Account of plague administration in the Bombay Presidency from September 1896 till May 1897
Year: 1896
Disease focus: Plague
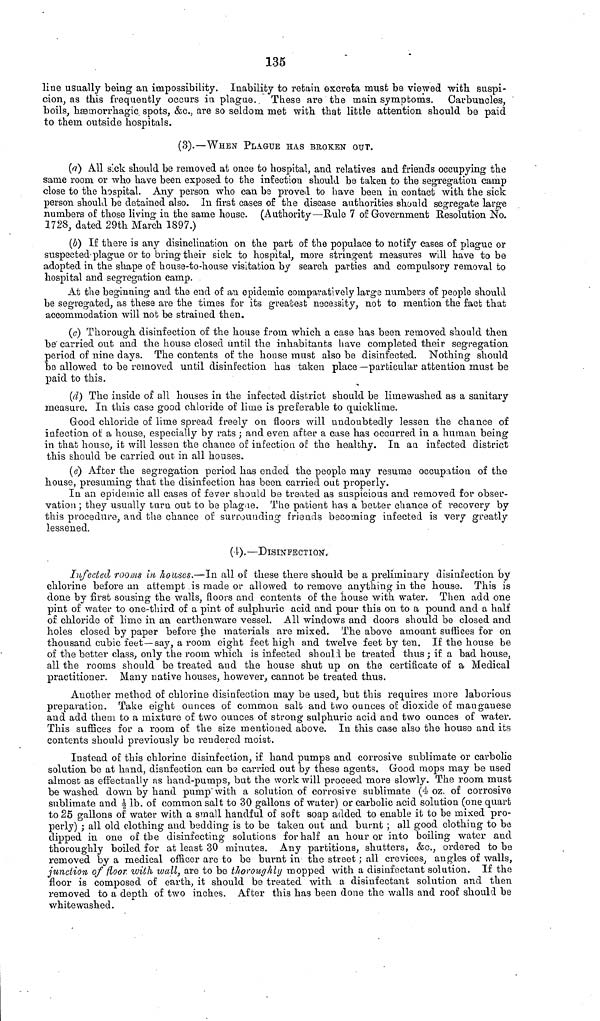
135
line usually being an impossibility. Inability to retain excreta must be viewed with suspi-
cion, as this frequently occurs in plague. These are the main symptoms. Carbuncles,
boils, hæmorrhagic spots, &c., are so seldom met with that little attention should be paid
to them outside hospitals.
(3).—WHEN PLAGUE HAS BROKEN OUT.
(a) All sick should be removed at once to hospital, and relatives and friends occupying the
same room or who have been exposed to the infection should be taken to the segregation camp
close to the hospital. Any person who can be proved to have been in contact with the sick
person should be detained also. In first cases of the disease authorities should segregate large
numbers of those living in the same house. (Authority—Rule 7 of Government Resolution No.
1728, dated 29th March 1897.)
(b) If there is any disinclination on the part of the populace to notify eases of plague or
suspected plague or to bring their sick to hospital, more stringent measures will have to be
adopted in the shape of house-to-house visitation by search parties and compulsory removal to
hospital and segregation camp.
At the beginning and the end of an epidemic comparatively large numbers of people should
be segregated, as these are the times for its greatest necessity, not to mention the fact that
accommodation will not be strained then.
(c) Thorough disinfection of the house from which a case has been removed should then
be carried out and the house closed until the inhabitants have completed their segregation
period of nine days. The contents of the house must also be disinfected. Nothing should
be allowed to be removed until disinfection has taken place —particular attention must be
paid to this.
(d) The inside of all houses in the infected district should be limewashed as a sanitary
measure. In this case good chloride of lime is preferable to quicklime.
Good chloride of lime spread freely on floors will undoubtedly lessen the chance of
infection of a house, especially by rats ; and even after a case has occurred in a human being
in that house, it will lessen the chance of infection of the healthy. In an infected district
this should be carried out in all houses.
(e) After the segregation period has ended the people may resume occupation of the
house, presuming that the disinfection has been carried out properly.
In an epidemic all cases of fever should be treated as suspicious and removed for obser-
vation ; they usually turn out to be plague. The patient has a belter chance of recovery by
this procedure, and the chance of surrounding friends becoming infected is very greatly
lessened.
(4).—DISINFECTION".
Infected rooms in houses.—In all of these there should be a preliminary disinfection by
chlorine before an attempt is made or allowed to remove anything in the house. This is
done by first sousing the walls, floors and contents of the house with water. Then add one
pint of water to one-third of a pint of sulphuric acid and pour this on to a pound and a half
of chloride of lime in an earthenware vessel. All windows and doors should be closed and
holes closed by paper before the materials are mixed. The above amount suffices for on
thousand cubic feet —say, a room eight feet high and twelve feet by ten. If the house be
of the better class, only the room which is infected should be treated thus ; if a bad house,
all the rooms should be treated and the house shut up on the certificate of a Medical
practitioner. Many native houses, however, cannot be treated thus.
Another method of chlorine disinfection may be used, but this requires more laborious
preparation. Take eight ounces of common salt and two ounces of dioxide of manganese
and add them to a mixture of two ounces of strong sulphuric acid and two ounces of water.
This suffices for a room of the size mentioned above. In this case also the house and its
contents should previously be rendered moist.
Instead of this chlorine disinfection, if hand pumps and corrosive sublimate or carbolic
solution be at hand, disnfection can be carried out by these agents. Good mops may be used
almost as effectually as hand-pumps, but the work will proceed more slowly. The room must
be washed down by hand pump with a solution of corrosive sublimate (4 oz. of corrosivo
sublimate and 1/2 lb. of common salt to 30 gallons of water) or carbolic acid solution (one quart
to 25 gallons of water with a small handful of soft soap added to enable it to be mixed pro-
perly) ; all old clothing and bedding is to be taken out and burnt ; all good clothing to be
dipped in one of the disinfecting solutions for half an hour or into boiling water and
thoroughly boiled for at least 30 minutes. Any partitions, shutters, &c., ordered to be
removed by a medical officer are to be burnt in the street ; all crevices, angles of walls,
junction of floor with wall, are to be thoroughly mopped with a disinfectant solution. If the
floor is composed of earth, it should be treated with a disinfectant solution and then
removed to a depth of two inches. After this has been done the walls and roof should be
whitewashed.